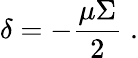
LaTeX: \delta=-\frac{\mu\Sigma}{2}\; .